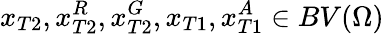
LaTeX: x_{T2},x_{T2}^{R},x_{T2}^{G},x_{T1},x_{T1}^{A}\in BV(\Omega)